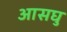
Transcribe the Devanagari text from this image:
आसघु